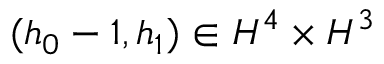
( h _ { 0 } - 1 , h _ { 1 } ) \in H ^ { 4 } \times H ^ { 3 }